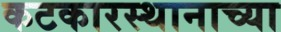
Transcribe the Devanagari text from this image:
कटकारस्थानाच्या